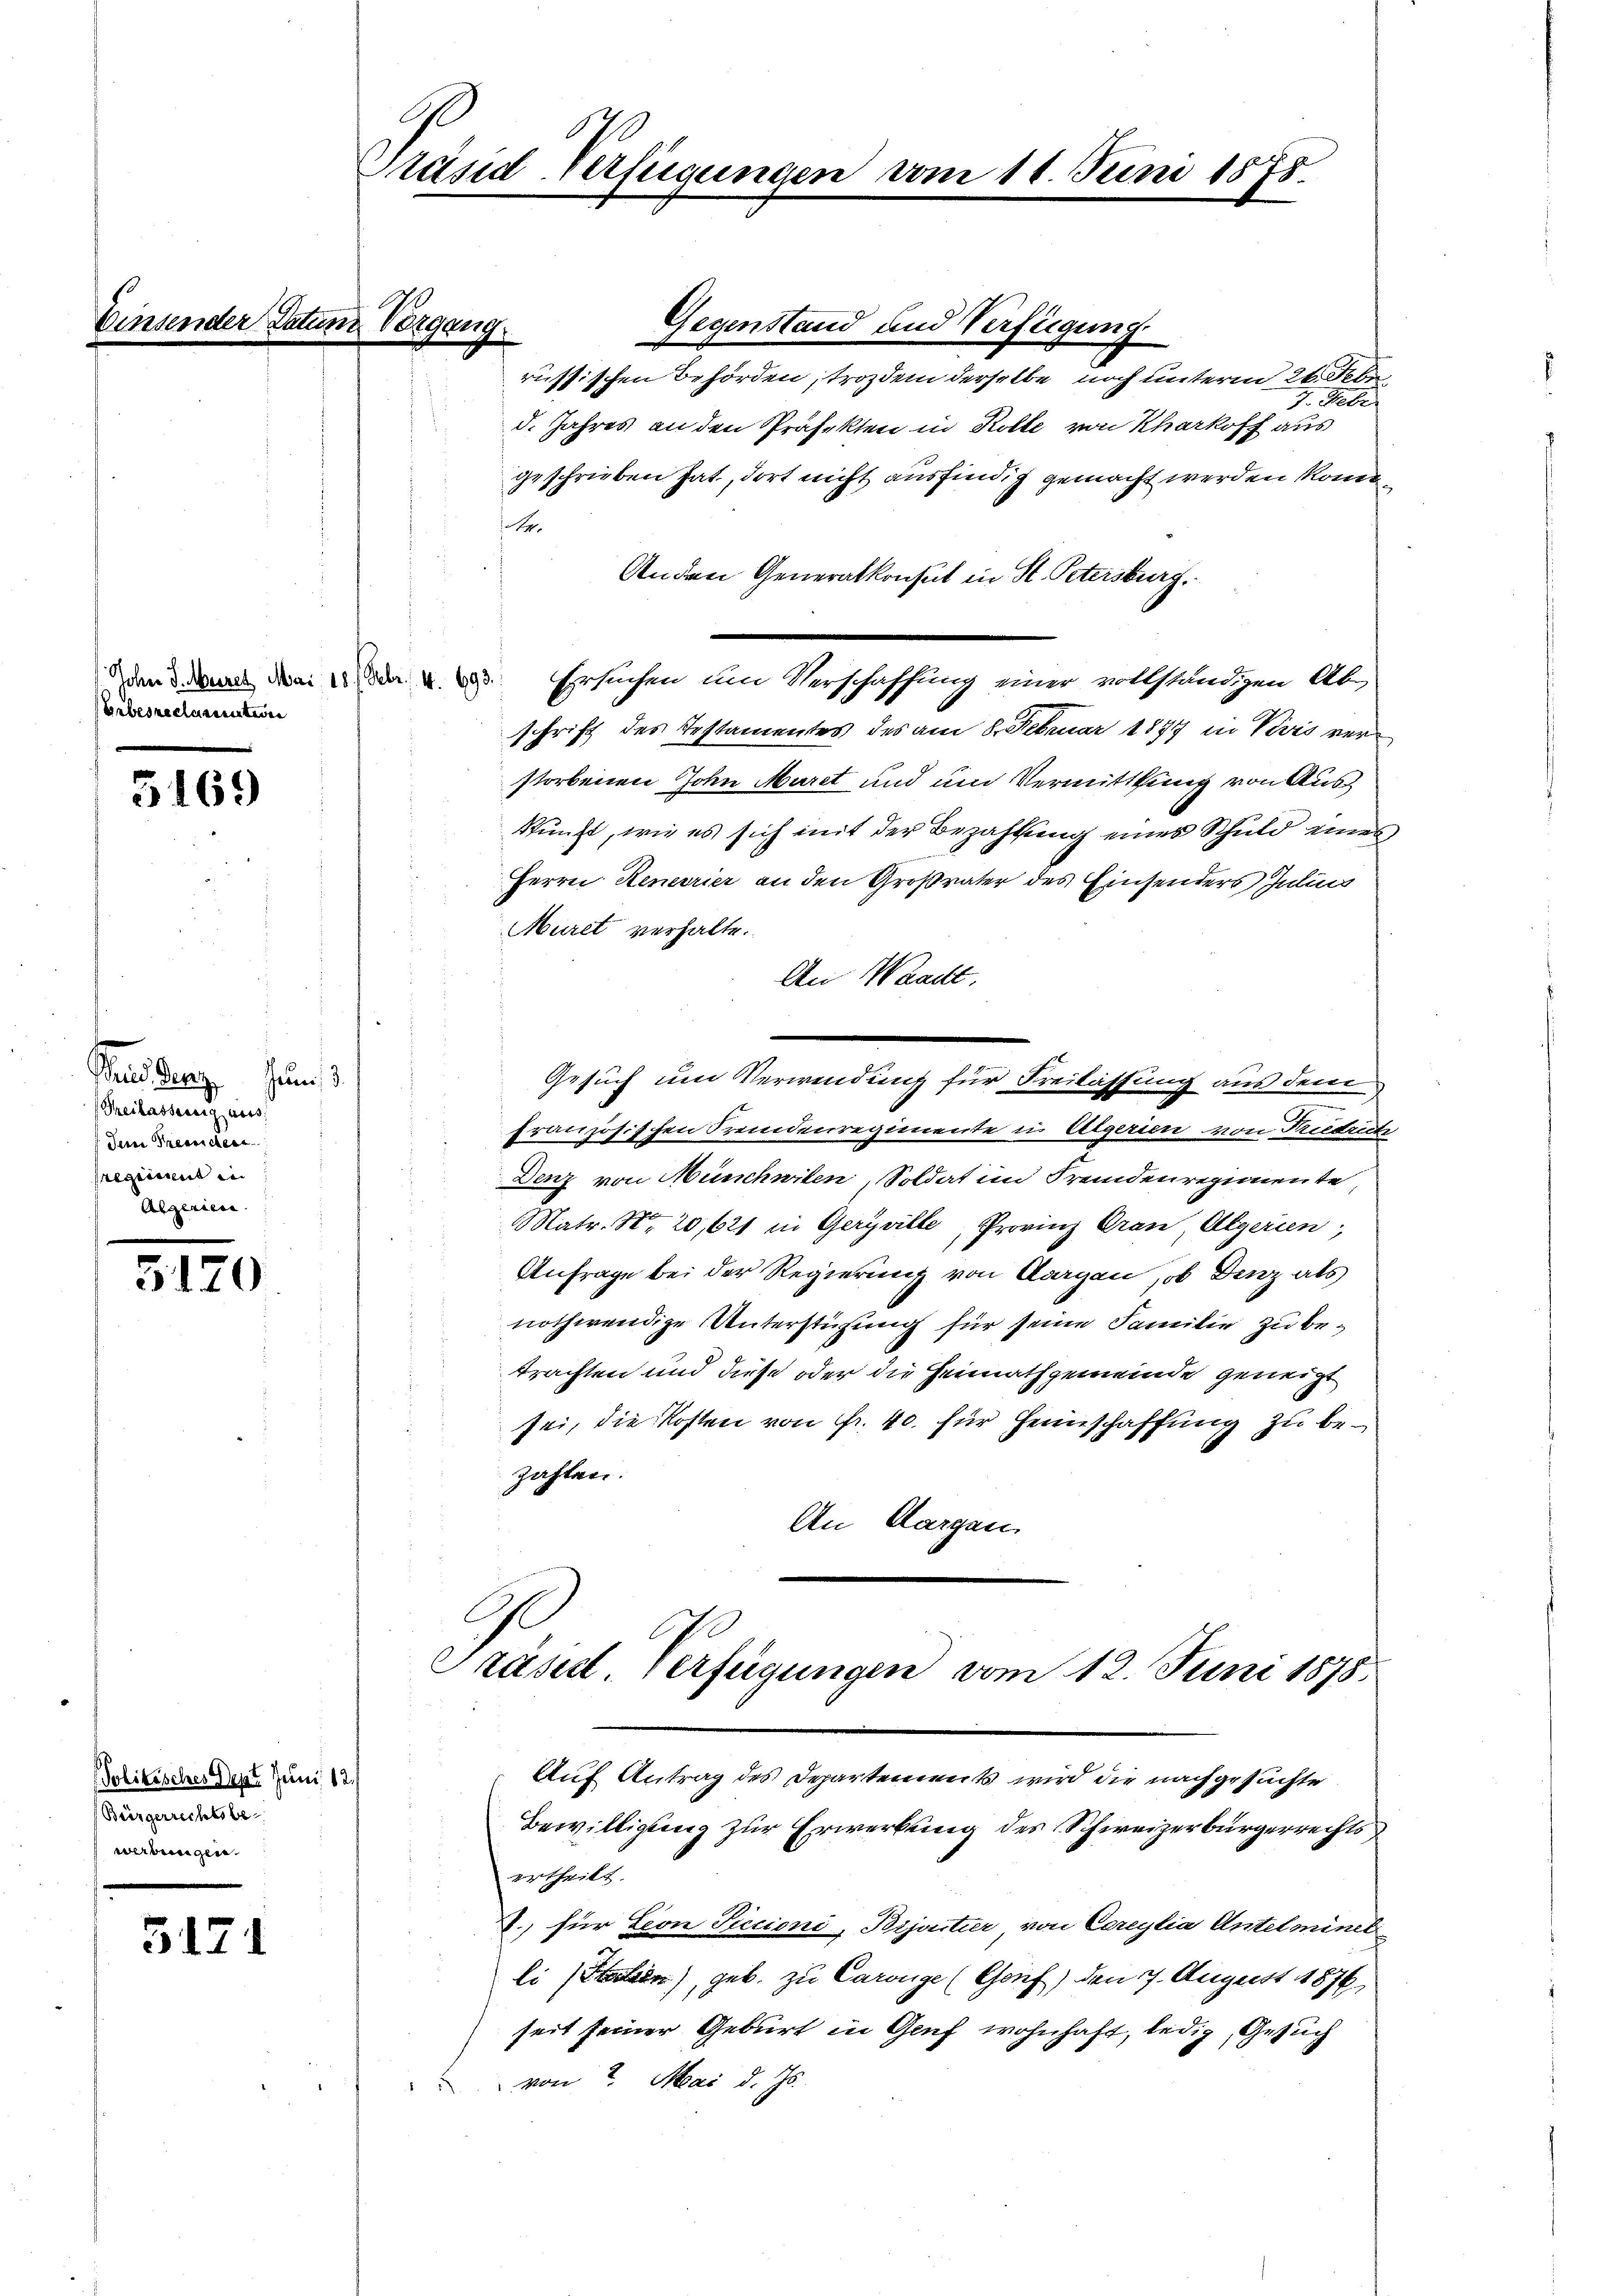
E

John J. Meret Mai 181 Febr. 14. 693.
Erbes reclamenteien

5169

Threues Herzens
Freilassennig auss
dern Preisschen
sregiment in
Algerien.

5170

Politisches Dept Juni 12.
(Bürgerrechtsbewerbungen.

5171

Präsid-Verfügungen vom 11. Juni 1878.

Gegenstand und Verfügung
russischen Behörden, trozdem derselbe noch unterm 24. Febr.
7. Febr.
d. Jahres an den Präfekten in Kolle von Kherkoff aus
geschrieben hat, dort nicht ausfindig gemacht werden könne.
p.
Anden Generalkonsul in St. Petersburg.
Ersuchen um Verschaffung einer vollständigen Abschrift des Testamentes des am 8. Februar 1897 in Vevis verstorbenen John Maret und und Vermittlung von Auskunft, wie es sich mit der Bezahlung eines Schuld eines
Herrn Reneorier an den Großvater des Einsenders Julius
Muret verhalte.
An Waadt
Gesuch um Verwendung für Freilassung aus dem
französischen Fremdenregimente in Algerien von Friedrich
Denz von Münchwiten, Soldat im Fremdenregimente
Matr. Nr. 20,621 in Geryville, Provinz Gran Algerien
Anfrage bei der Regierung von Aargau, ob Denz als
nothwendige Unterstüzung für seine Familie zu betrachten und diese oder die Heimathgemeinde geneigt
sei, die Kosten von fr. 40. für Heimschaffung zu bezahlen.
An Aargau.

Vergang

Präsid Verfügungen vom 12. Juni 1875.
Auf Antrag des Departements wird die nachgesuchte

Bewilligung zur Erwerbung des Schweizerbürgerrechts
ertheilt.
8.) für Leon Piccioni, Bijartier von Cereylia Antelminel
li (Stellen), geb. zu Carouge (Gauf) den 7. August 1876
seit seiner Geburt in Genf wohnhaft, ledig, Gesuch
von 2. Mai d. Js.